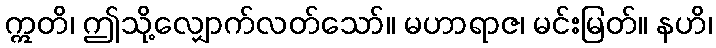
ဣတိ၊ ဤသို့လျှောက်လတ်သော်။ မဟာရာဇ၊ မင်းမြတ်။ နဟိ၊